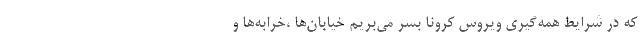
که در شرایط همه‌گیری ویروس کرونا بسر می‌بریم خیابان‌ها ،خرابه‌ها و